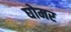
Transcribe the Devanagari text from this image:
घोमर